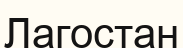
Лагостан